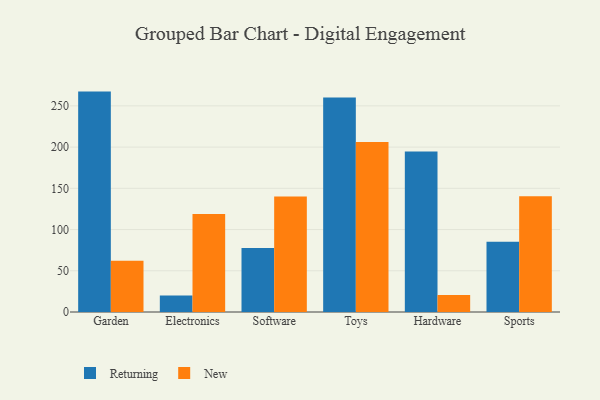
{"axis": {"x": "Category", "y": "Headcount"}, "legend": ["New", "Returning"], "data": [{"x": "Garden", "y": 267.3, "type": "Returning"}, {"x": "Garden", "y": 62.2, "type": "New"}, {"x": "Electronics", "y": 19.9, "type": "Returning"}, {"x": "Electronics", "y": 118.9, "type": "New"}, {"x": "Software", "y": 77.7, "type": "Returning"}, {"x": "Software", "y": 140.1, "type": "New"}, {"x": "Toys", "y": 260.0, "type": "Returning"}, {"x": "Toys", "y": 206.1, "type": "New"}, {"x": "Hardware", "y": 194.6, "type": "Returning"}, {"x": "Hardware", "y": 20.6, "type": "New"}, {"x": "Sports", "y": 85.2, "type": "Returning"}, {"x": "Sports", "y": 140.3, "type": "New"}]}